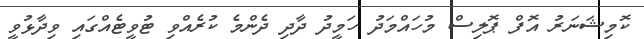
ކޮމިޝަނަރު އޮފް ޕޮލިސް މުހައްމަދު ހަމީދު ދާދި ދެންމެ ކުރެއްވި ޓުވީޓެއްގައި ވިދާޅުވީ